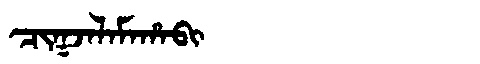
Manchu: ᠴᡳᡴᠵᠠᠯᠠᠮᠠᡥᠠᠪᡳ
Romanization: CIKJALAMAHABI